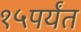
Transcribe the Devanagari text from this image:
१५पर्यंत